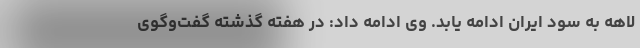
لاهه به سود ایران ادامه یابد. وی ادامه داد: در هفته گذشته گفت‌وگوی